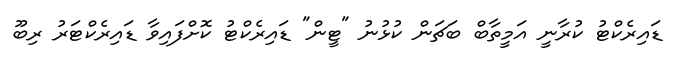
ޑައިރެކްޓު ކުރާނީ އަމީތާބް ބަޗަން ކުޅުނު "ޓީން" ޑައިރެކްޓު ކޮށްފަައިވާ ޑައިރެކްޓަރު ރިބޫ